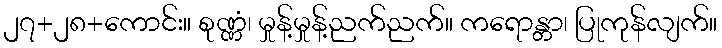
၂၇+၂၈+ကောင်း။ စုဏ္ဏံ၊ မှုန့်မှုန့်ညက်ညက်။ ကရောန္တာ၊ ပြုကုန်လျက်။